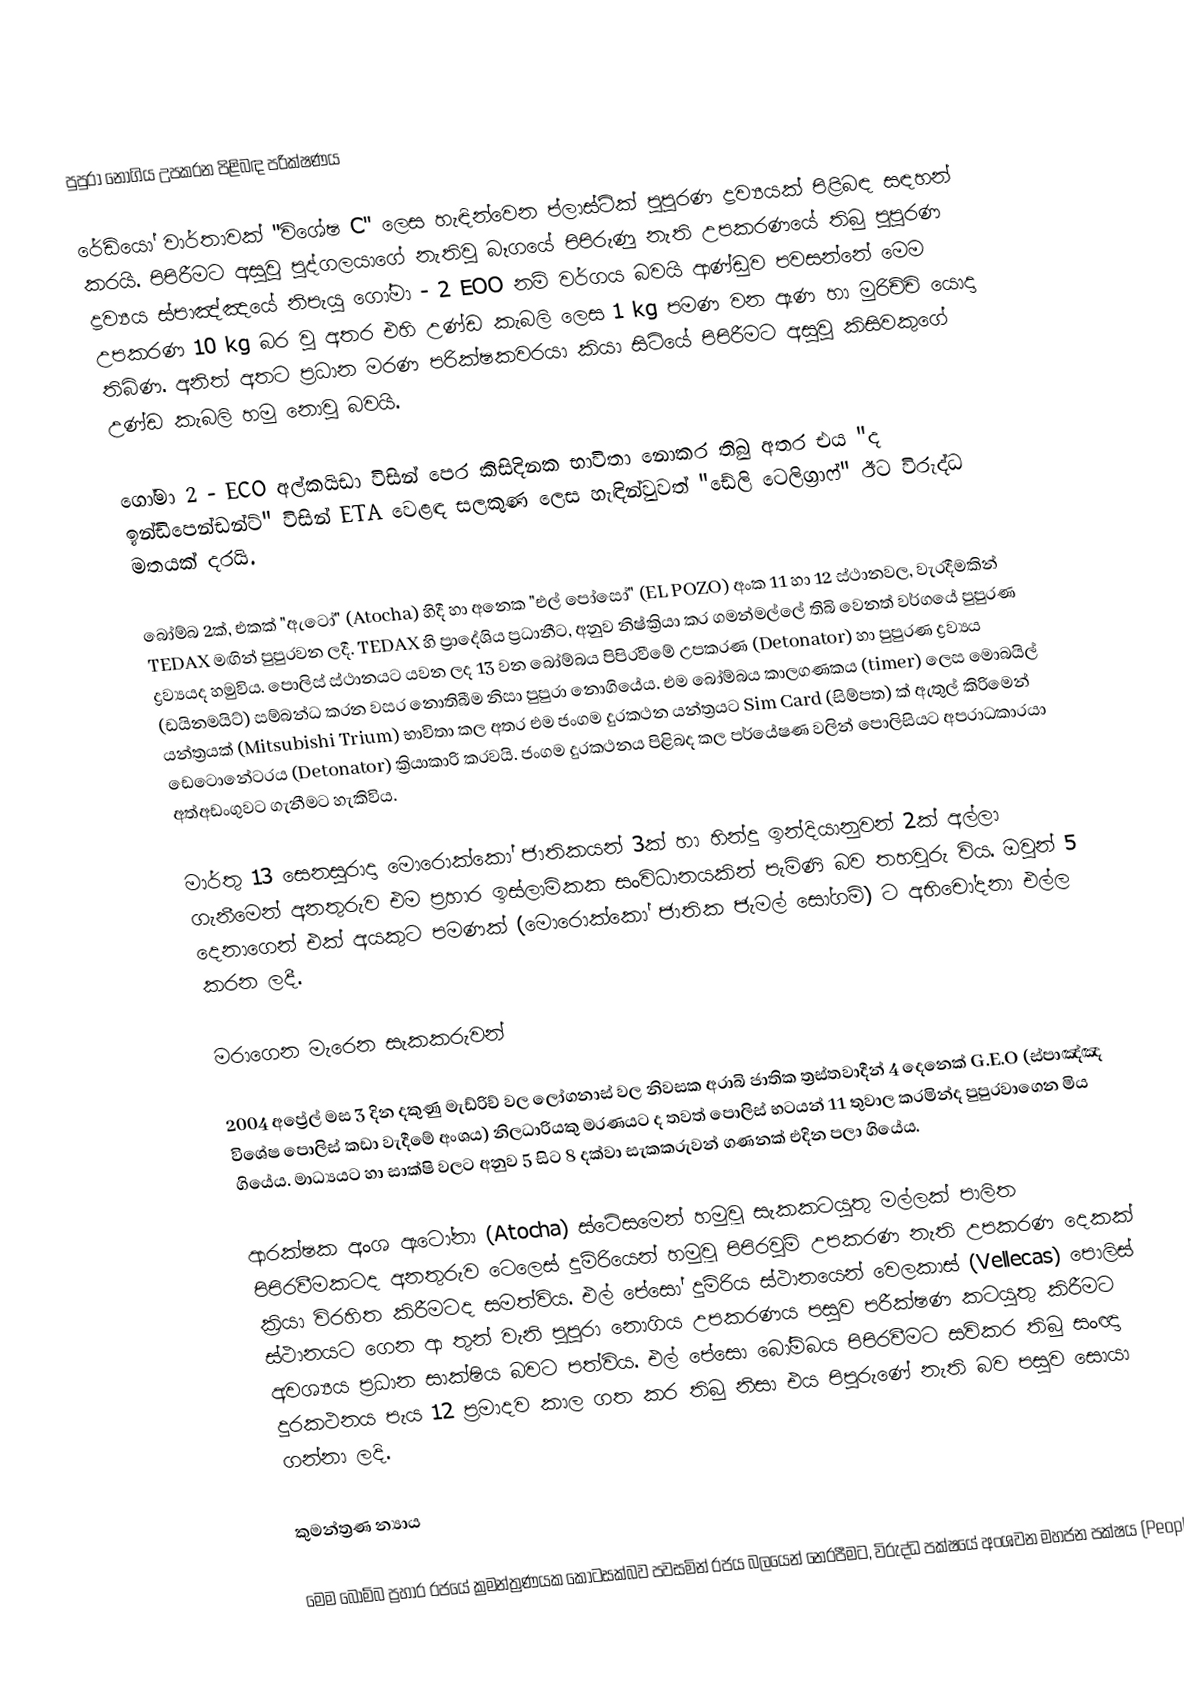
පුපුරා නොගිය උපකරන පිළිබඳ පරික්ෂණය

රේඩියෝ වාර්තාවක් "විශේෂ C" ලෙස හැඳින්වෙන ප්ලාස්ටික් පුපුරණ ද්‍රව්‍යයක් පිළිබඳ සඳහන් කරයි. පිපිරීමට අසුවු පුද්ගලයාගේ නැතිවු බෑගයේ පිපිරුණු නැති උපකරණයේ තිබු පුපුරණ ද්‍රව්‍යය ස්පාඤ්ඤයේ නිපැයු ගෝමා - 2 EOO නම් වර්ගය බවයි ආණ්ඩුව පවසන්නේ මෙම උපකරණ 10 kg බර වු අතර එහි උණ්ඩ කැබලි ලෙස 1 kg පමණ වන ඇණ හා මුරිච්චි යොදා තිබිණ. අනිත් අතට ප්‍රධාන මරණ පරික්ෂකවරයා කියා සිටියේ පිපිරීමට අසුවු කිසිවකුගේ උණ්ඩ කැබලි හමු නොවු බවයි.

ගෝමා 2 - ECO අල්කයිඩා විසින් පෙර කිසිදිනක භාවිතා නොකර තිබු අතර එය "ද ඉන්ඩිපෙන්ඩන්ට්" විසින් ETA වෙළඳ සලකුණ ලෙස හැඳින්වුවත් "ඩේලි ටෙලිග්‍රාෆ්" ඊට විරුද්ධ මතයක් දරයි.

බෝම්බ 2ක්, එකක් "ඇටෝ" (Atocha) හිදී හා අනෙක "එල් පෝසෝ" (EL POZO) අංක 11 හා 12 ස්ථානවල, වැරදීමකින් TEDAX මඟින් පුපුරවන ලදී. TEDAX හි ප්‍රාදේශිය ප්‍රධානීට, අනුව නිෂ්ක්‍රියා කර ගමන්මල්ලේ තිබි වෙනත් වර්ගයේ පුපුරණ ද්‍රව්‍යයද හමුවිය. පොලිස් ස්ථානයට ‍යවන ලද 13 වන බෝම්බය පිපිරවීමේ උපකරණ (Detonator) හා පුපුරණ ද්‍රව්‍යය (ඩයිනමයිට්) සම්බන්ධ කරන වසර නොතිබීම නිසා පුපුරා නොගියේය. එම බෝම්බය කාලගණකය (timer) ලෙස මොබයිල් යන්ත්‍රයක් (Mitsubishi Trium) භාවිතා කල අතර එම ජංගම දුරකථන යන්ත්‍රයට Sim Card (සිම්පත) ක් ඇතුල් කිරිමෙන් ඩෙටොනේටරය (Detonator) ක්‍රියාකාරි කරවයි. ජංගම දුරකථනය පිළිබද කල පර්යේෂණ වලින් පොලිසියට අපරාධකාරයා අත්අඩංගුවට ගැනීමට හැකිවිය.

මාර්තු 13 සෙනසුරාදා මොරොක්කෝ ජාතිකයන් 3ක් හා හින්දු ඉන්දියානුවන් 2ක් අල්ලා ගැනීමෙන් අනතුරුව එම ප්‍රහාර ඉස්ලාමිකක සංවිධානයකින් පැමිණි බව තහවුරු විය. ඔවුන් 5 දෙනාගෙන් එක් අයකුට පමණක් (මොරොක්කෝ ජාතික ජැමල් සෝගම්) ට අභිචෝදනා එල්ල කරන ලදී.

මරාගෙන මැරෙන සැකකරුවන්

2004 අප්‍රේල් මස 3 දින දකුණු මැඩ්රිච් වල ලෝගනාස් වල නිවසක අරාබි ජාතික ත්‍රස්තවාදීන් 4 දෙනෙක් G.E.O (ස්පාඤ්ඤ විශේෂ පොලිස් කඩා වැදීමේ අංශය) නිලධාරියකු මරණයට ද තවත් පොලිස් භටයන් 11 තුවාල කරමින්ද පුපුරවාගෙන මිය ගියේය. මාධ්‍යයට හා සාක්ෂි වලට අනුව 5 සිට 8 දක්වා සැකකරුවන් ගණනක් එදින පලා ගියේය.

ආරක්ෂක අංශ ඇටෝනා (Atocha) ස්ටේසමෙන් හමුවූ සැකකටයුතු මල්ලක් පාලිත පිපිරවීමකටද අනතුරුව ටෙලෙස් දුම්රියෙන් හමුවූ පිපිරවුම් උපකරණ නැති උපකරණ දෙකක් ක්‍රියා විරහිත කිරීමටද සමත්විය. එල් පේසෝ දුම්රිය ස්ථානයෙන් වෙලකාස් (Vellecas) පොලිස් ස්ථානයට ගෙන ආ තුන් වැනි පුපුරා නොගිය උපකරණය පසුව පරීක්ෂණ කටයුතු කිරීමට අවශ්‍යය ප්‍රධාන සාක්ෂිය බවට පත්විය. එල් පේසො බෝම්බය පිපිරවීමට සවිකර තිබු සංඥා දුරකථනය පැය 12 ප්‍රමාදව කාල ගත කර තිබු නිසා එය පිපු‍රුණේ නැති බව පසුව සොයා ගන්නා ලදි.

කුමන්ත්‍රණ න්‍යාය

මෙම බෝම්බ ප්‍රහාර රජයේ ක්‍රමන්ත්‍රණයක කොටසක්බව පවසමින් රජය බලයෙන් නෙරපීමට, විරුද්ධ පක්ෂයේ අංශවන මහජන පක්ෂය (Peopl